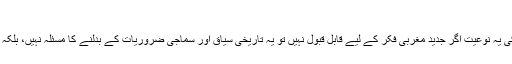
۲۴؂
شوہر اور بیوی کے رشتے کی یہ نوعیت اگر جدید مغربی فکر کے لیے قابل قبول نہیں تو یہ تاریخی سیاق اور سماجی ضروریات کے بدلنے کا مسئلہ نہیں، بلکہ مابعد الطبیعیات کا سوال ہے۔